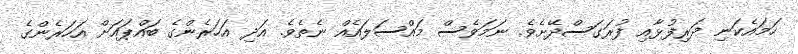
ހަމައެކަނި ދަރިފުޅާއި ފުރަގަސްދޭށެވެ. ނަމަވެސް މައްސަލައެއް ނެތެވެ. އަދި އަހަރެންގެ ބައްޕައަށް އަހަރެންގެ